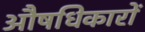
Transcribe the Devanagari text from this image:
औषधिकारों